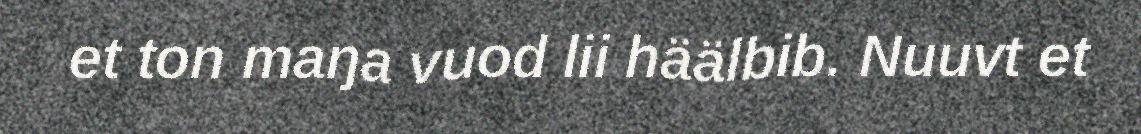
et ton maŋa vuod lii häälbib. Nuuvt et